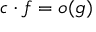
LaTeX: c \cdot f = o ( g )